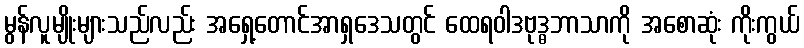
မွန်လူမျိုးများသည်လည်း အရှေ့တောင်အာရှဒေသတွင် ထေရဝါဒဗုဒ္ဓဘာသာကို အစောဆုံး ကိုးကွယ်